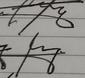
Signature authenticity: genuine